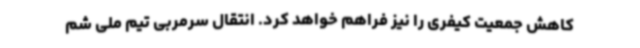
کاهش جمعیت کیفری را نیز فراهم خواهد کرد. انتقال سرمربی تیم ملی شم